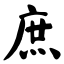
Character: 庶